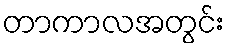
တာကာလအတွင်း